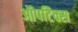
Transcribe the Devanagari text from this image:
ऑपटिक्स